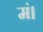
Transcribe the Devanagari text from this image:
मं।